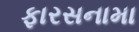
ફારસનામા